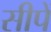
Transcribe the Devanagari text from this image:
सीपें